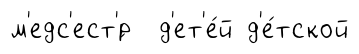
м'едс'ест'́р д'ет'е́й д'е́тской